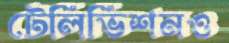
টেলিভিশনও